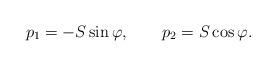
LaTeX: \begin{align*}p_1 = -S\sin \varphi, \qquad p_2 = S \cos \varphi.\end{align*}